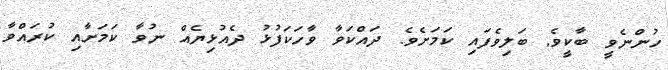
ހުންނެވީ ބާކީވެ